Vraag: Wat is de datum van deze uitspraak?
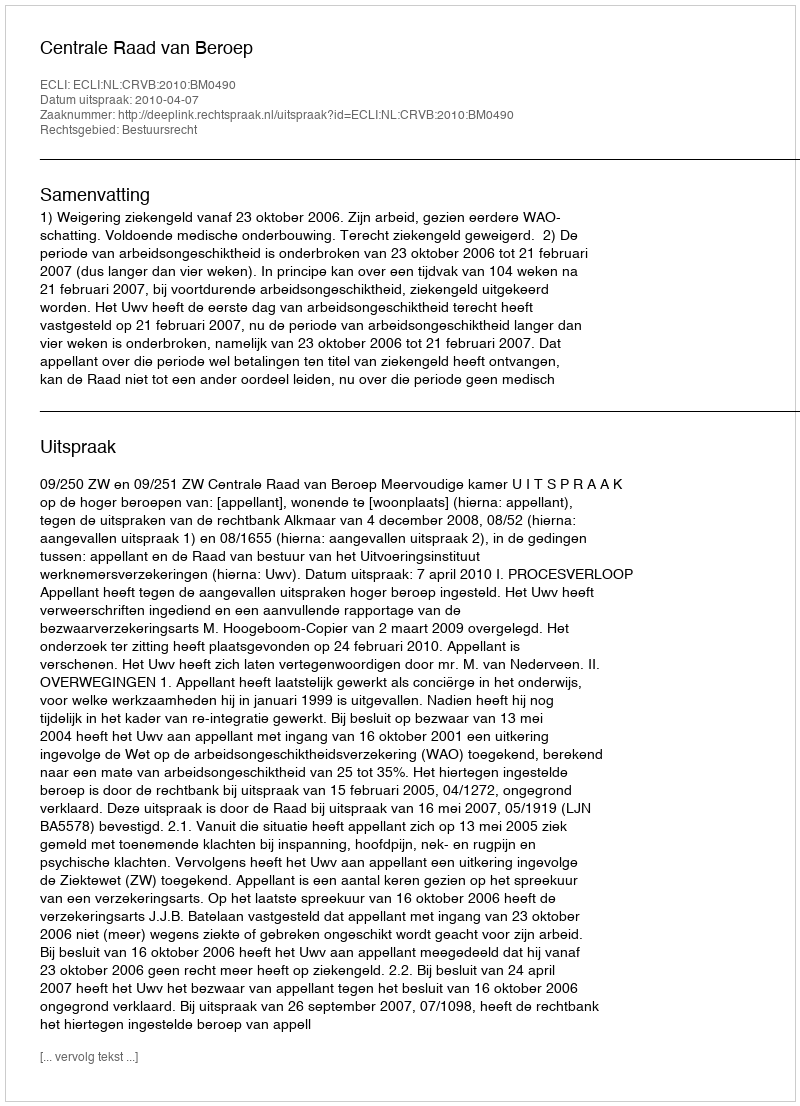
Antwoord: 2010-04-07